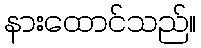
နားထောင်သည်။